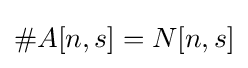
\#A[n,s]=N[n,s]